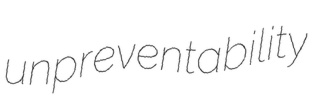
unpreventability